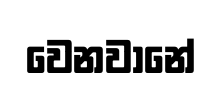
වෙනවානේ